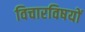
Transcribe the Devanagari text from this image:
विचारविषयों